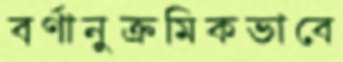
বর্ণানুক্রমিকভাবে